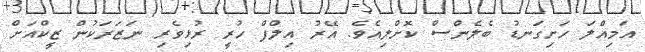
އަމިއްލަ ހަށިގަނޑު ބެލެންސް ކޮށްލިއެވެ. އޭރު އިލްފް ހުރީ ރުޅިވެރި ނަޒަރަކުން ޒީކްއަށް